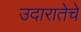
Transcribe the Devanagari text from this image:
उदारातेचे